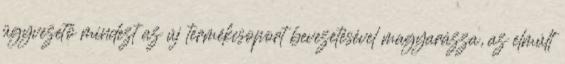
ügyvezető mindezt az új termékcsoport bevezetésével magyarázza, az elmúlt